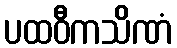
ပထဝီကသိဏံ